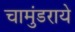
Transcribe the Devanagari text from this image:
चामुंडराये